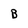
Character: B